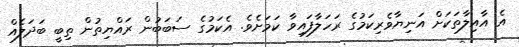
އެ އާއިލާތަކަށް އަނިޔާވެރިކަމުގެ ރަހަލާފައިވާ ކަމަށެވެ. އެކަމުގެ ސަބަބުން ރައްޔިތުން ތިބީ ބަދަލެއް